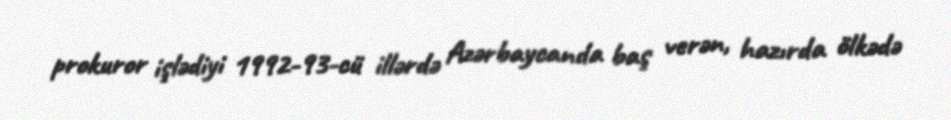
prokuror işlədiyi 1992-93-cü illərdə Azərbaycanda baş verən, hazırda ölkədə